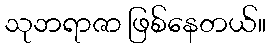
သုဘရာဇာ ဖြစ်နေတယ်။